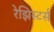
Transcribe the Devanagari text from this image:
रेझिस्टर्स